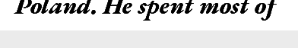
Poland. He spent most of